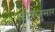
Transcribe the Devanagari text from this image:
रदीफनुसार